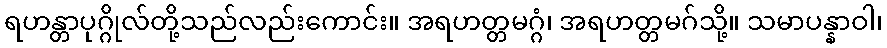
ရဟန္တာပုဂ္ဂိုလ်တို့သည်လည်းကောင်း။ အရဟတ္တမဂ္ဂံ၊ အရဟတ္တမဂ်သို့။ သမာပန္နာဝါ၊